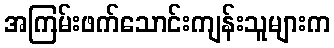
အကြမ်းဖက်သောင်းကျန်းသူများက